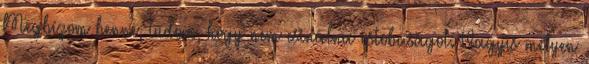
Megbízom benne, tudom, hogy nem csinálna ostobaságot. Vagyis mélyen